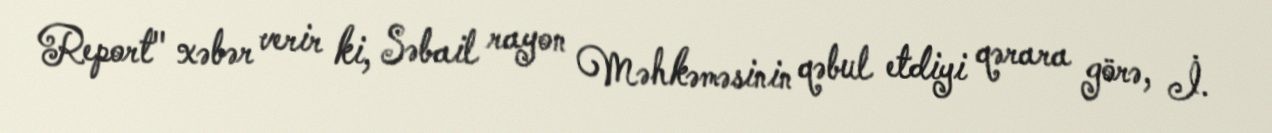
Report" xəbər verir ki, Səbail rayon Məhkəməsinin qəbul etdiyi qərara görə, İ.